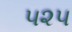
૫૨૫